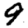
Digit: 9